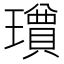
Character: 𱯸